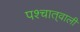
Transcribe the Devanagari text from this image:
पश्चात्‌वाली